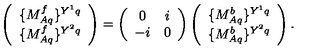
\left( \begin{array} { c } { \{ M _ { A q } ^ { f } \} ^ { Y ^ { 1 } q } } \\ { \{ M _ { A q } ^ { f } \} ^ { Y ^ { 2 } q } } \\ \end{array} \right) = \left( \begin{array} { c c } { 0 } & { i } \\ { - i } & { 0 } \\ \end{array} \right) \left( \begin{array} { c } { \{ M _ { A q } ^ { b } \} ^ { Y ^ { 1 } q } } \\ { \{ M _ { A q } ^ { b } \} ^ { Y ^ { 2 } q } } \\ \end{array} \right) .